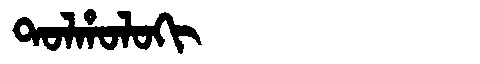
Manchu: ᡨᠣᠯᡥᠣᠯᠣᡴᡳ
Romanization: TOLHOLOKI